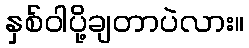
နှစ်ဝါပို့ချတာပဲလား။